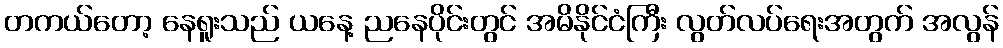
တကယ်တော့ နေရူးသည် ယနေ့ ညနေပိုင်းတွင် အမိနိုင်ငံကြီး လွတ်လပ်ရေးအတွက် အလွန်